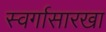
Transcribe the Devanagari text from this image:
स्वर्गासारखा